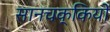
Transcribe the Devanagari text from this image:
सानचक्कियों